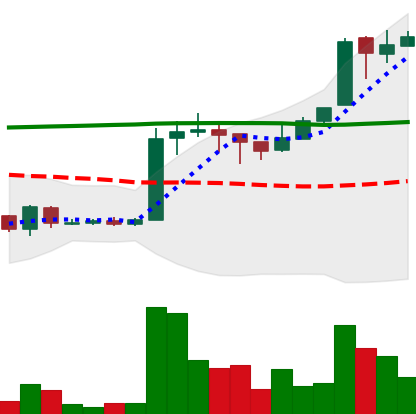
Ticker: EOS-USD
Chart end date: 2018-04-23
Forward return: 62.57%
Label: up_7plus